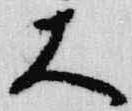
大